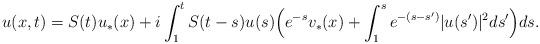
LaTeX: \begin{align*}u(x,t)=S(t)u_*(x)+i\int_1^tS(t-s)u(s)\Big(e^{-s}v_*(x)+\int_1^se^{-(s-s')}|u(s')|^2ds'\Big)ds.\end{align*}